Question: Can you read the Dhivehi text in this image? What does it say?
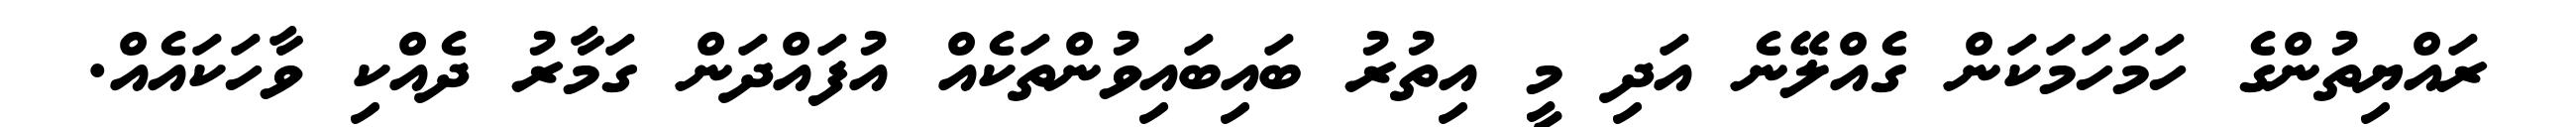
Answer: ރައްޔިތުންގެ ހަމަހަމަކަން ގެއްލޭނެ އަދި މީ އިތުރު ބައިބައިވުންތަކެއް އުފައްދަން ގަމާރު ދެއްކި ވާހަކައެއް.